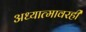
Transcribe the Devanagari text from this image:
अध्यात्मावरही